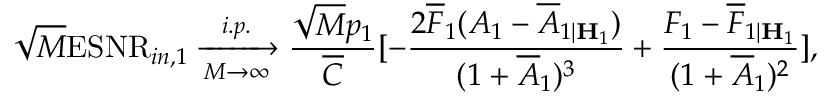
\sqrt { M } \mathrm { E S N R } _ { i n , 1 } \xrightarrow [ M \rightarrow \infty ] { i . p . } \frac { \sqrt { M } p _ { 1 } } { \overline { { C } } } [ - \frac { 2 \overline { { F } } _ { 1 } ( A _ { 1 } - \overline { { A } } _ { 1 | { \mathbf { H } } _ { 1 } } ) } { ( 1 + \overline { { A } } _ { 1 } ) ^ { 3 } } + \frac { F _ { 1 } - \overline { { F } } _ { 1 | { \mathbf { H } } _ { 1 } } } { ( 1 + \overline { { A } } _ { 1 } ) ^ { 2 } } ] ,